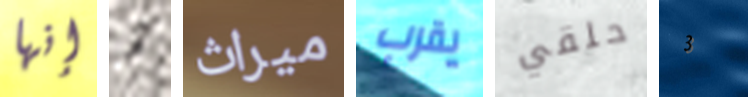
إنها أنا ميراث يقرب حلقي 3